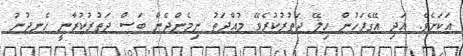
އަކަށެވެ. އަދި އޭގެފަހުން ހިލޭ ދަތުރުކުރެވޭ މުއްދަތު ނިމެންދެން ބަސް ދަތުރުކުރާނީ ހެނދުނު